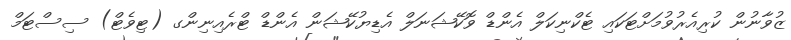
ޒުވާނުން ކުރިއެރުވުމަށްޓަކައި ޓެކްނިކަލް އެންޑް ވޮކޭޝަނަލް އެޑިޔުކޭޝަން އެންޑް ޓްރެއިނިންގ (ޓިވެޓް) ސިސްޓަމް